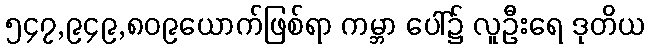
၅၄၇,၉၄၉,၈၀၉ယောက်ဖြစ်ရာ ကမ္ဘာ ပေါ်၌ လူဦးရေ ဒုတိယ